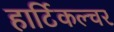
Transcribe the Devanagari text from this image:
हार्टिकल्चर